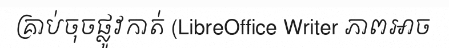
គ្រាប់ចុចផ្លូវកាត់ (LibreOffice Writer ភាពអាច